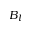
B _ { l }